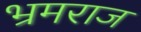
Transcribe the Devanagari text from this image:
भ्रमराज